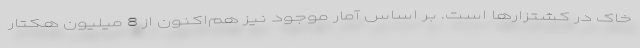
خاک در کشتزارها است. بر اساس آمار موجود نیز هم‌اکنون از 8 میلیون هکتار